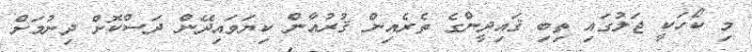
މި ކޯހަކީ ޖަލުގައި ތިބި ޤައިދީންގެ ތެރެއިން ޤުރުއާން ކިޔަވައިދޭން ދަސްކޮށް ދިނުމަށް